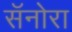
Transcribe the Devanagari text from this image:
सॅनोरा